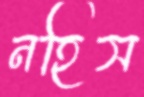
নহিস